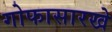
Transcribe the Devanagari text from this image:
गोफासारखे